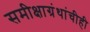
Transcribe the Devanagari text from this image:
समीक्षाग्रंथांचीही